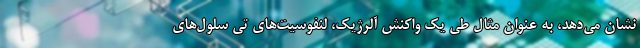
نشان می‌دهد، به عنوان مثال طی یک واکنش آلرژیک، لنفوسیت‌های تی سلول‌های